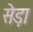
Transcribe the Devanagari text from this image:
सेड़ा